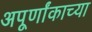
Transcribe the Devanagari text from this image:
अपूर्णांकाच्या